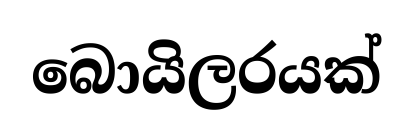
බොයිලරයක්